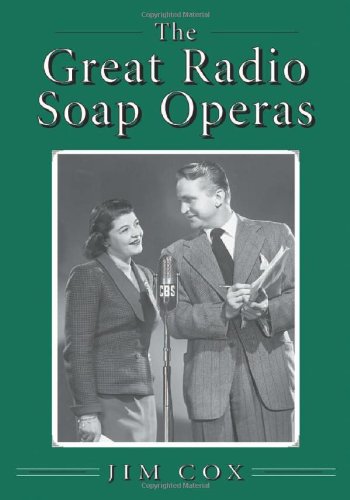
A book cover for The Great Radio Soap Operas; Jim Cox; Humor & Entertainment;